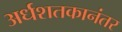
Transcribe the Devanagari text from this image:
अर्धशतकानंतर